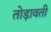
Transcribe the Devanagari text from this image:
तोड़ावती